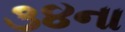
૩૪ના